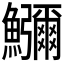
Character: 𮬚